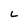
Character: L